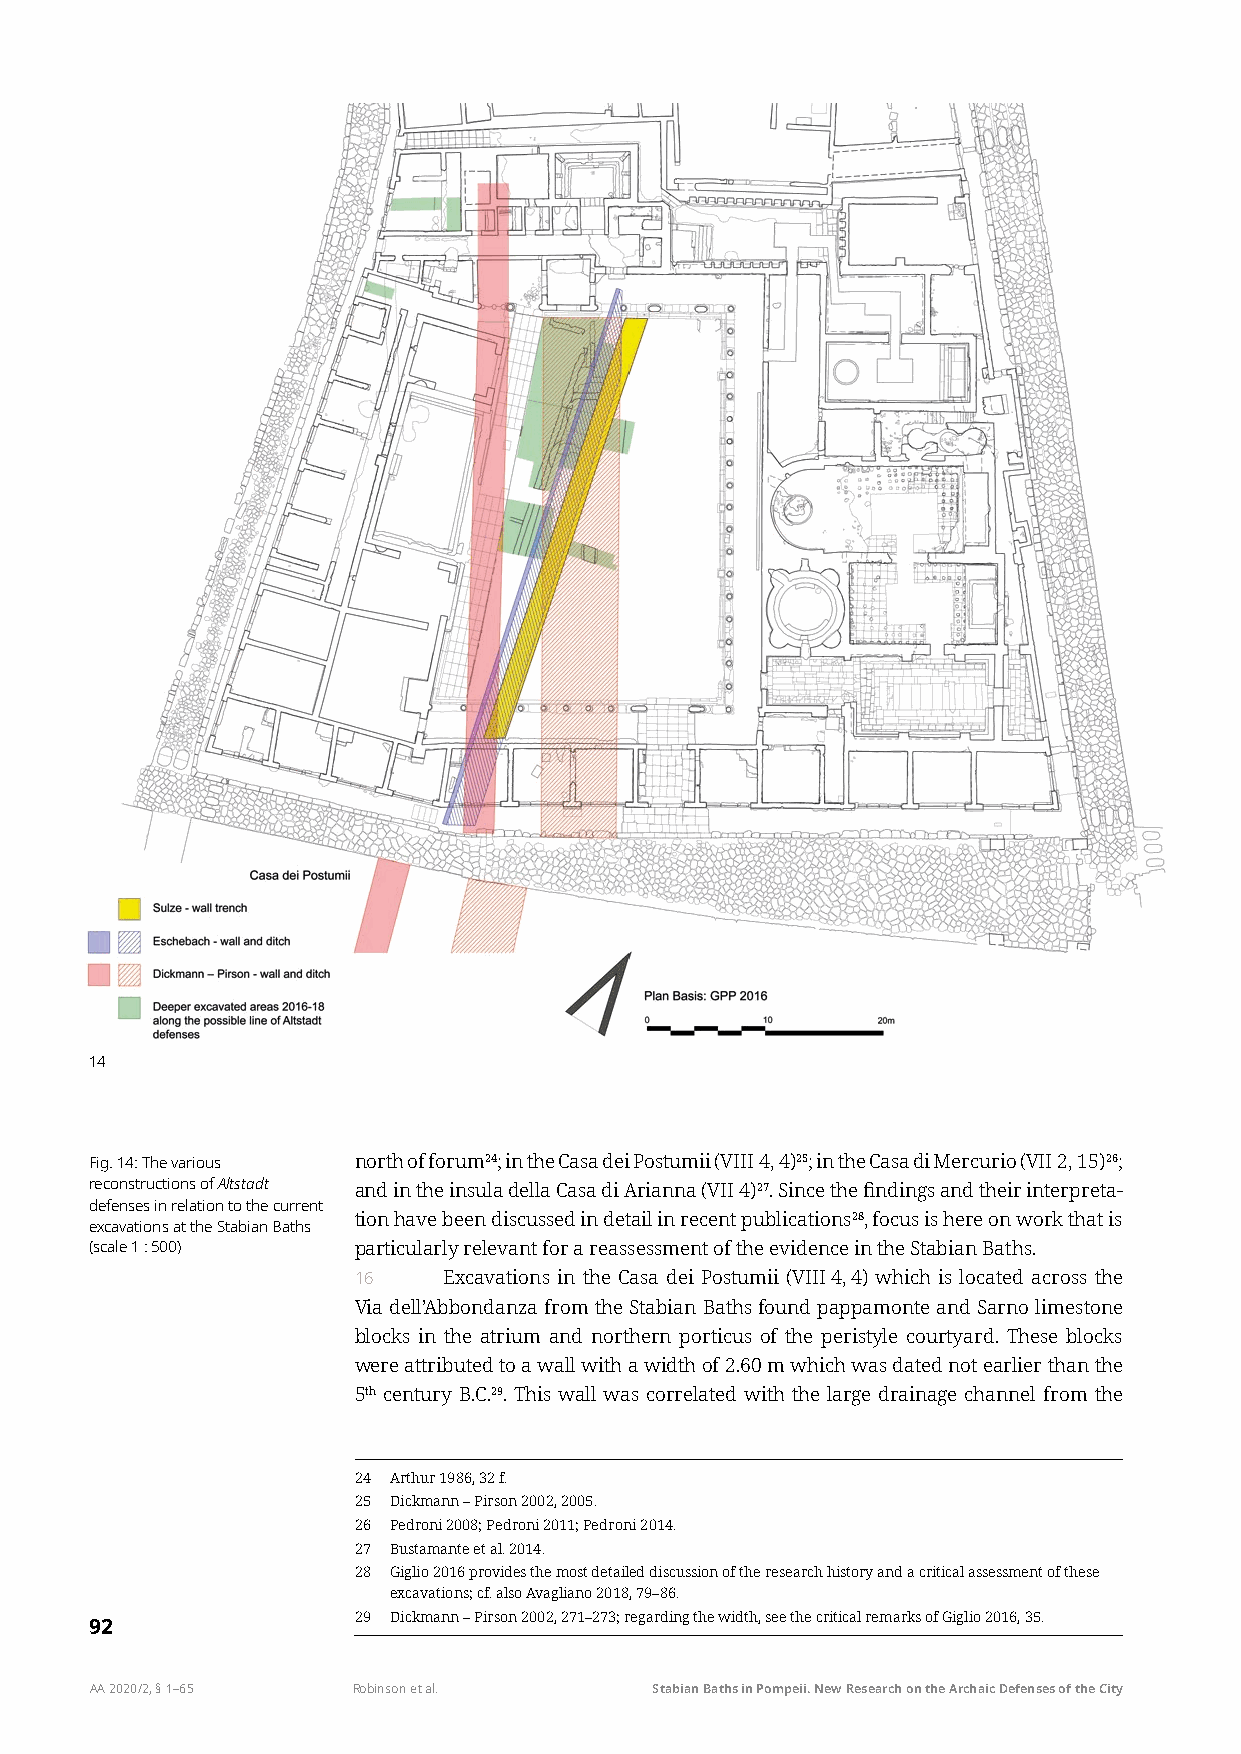
14
 Fig. 14: The various north of forum24; in the Casa dei Postumii (VIII 4, 4)25; in the Casa di Mercurio (VII 2, 15)26;
 reconstructions of Altstadt and in the insula della Casa di Arianna (VII 4)27. Since the findings and their interpreta-
 defenses in relation to the current
 tion have been discussed in detail in recent publications28, focus is here on work that is
 excavations at the Stabian Baths
 (scale 1 : 500)  particularly relevant for a reassessment of the evidence in the Stabian Baths.
 16    Excavations in the Casa dei Postumii (VIII 4, 4) which is located across the
 Via dell’Abbondanza from the Stabian Baths found pappamonte and Sarno limestone
 blocks in the atrium and northern porticus of the peristyle courtyard. These blocks
 were attributed to a wall with a width of 2.60 m which was dated not earlier than the
 5th century B.C.29. This wall was correlated with the large drainage channel from the
 24 Arthur 1986, 32 f.
 25 Dickmann – Pirson 2002, 2005.
 26 Pedroni 2008; Pedroni 2011; Pedroni 2014.
 27 Bustamante et al. 2014.
 28 Giglio 2016 provides the most detailed discussion of the research history and a critical assessment of these
 excavations; cf. also Avagliano 2018, 79–86.
 29 Dickmann – Pirson 2002, 271–273; regarding the width, see the critical remarks of Giglio 2016, 35.
 92
 AA 2020/2, § 1–65 Robinson et al.    Stabian Baths in Pompeii. New Research on the Archaic Defenses of the City